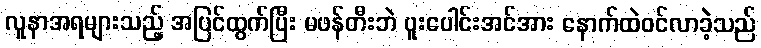
လူနာအရများသည့် အပြင်ထွက်ပြီး မဖန်တီးဘဲ ပူးပေါင်းအင်အား နောက်ထဲဝင်လာခဲ့သည်